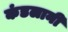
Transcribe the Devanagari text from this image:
कंडलानी